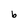
Character: b